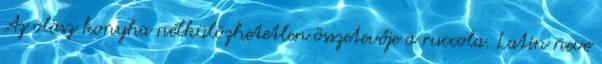
Az olasz konyha nélkülözhetetlen összetevője a ruccola. Latin neve